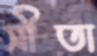
সীতা